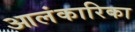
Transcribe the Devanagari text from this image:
आलंकारिका